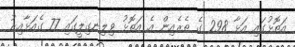
އަތޮޅުގައި އަޅާ 298 ގެ ތެރެއިން އެ އަތޮޅު ވިލިނގިލީގައި 77 ގެއަޅާއިރު